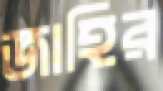
জাহির